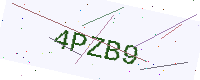
Text: 4PZB9